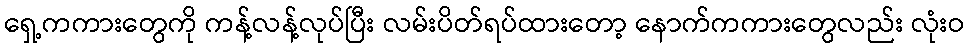
ရှေ့ကကားတွေကို ကန့်လန့်လုပ်ပြီး လမ်းပိတ်ရပ်ထားတော့ နောက်ကကားတွေလည်း လုံးဝ